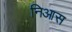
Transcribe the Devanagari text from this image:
निआस